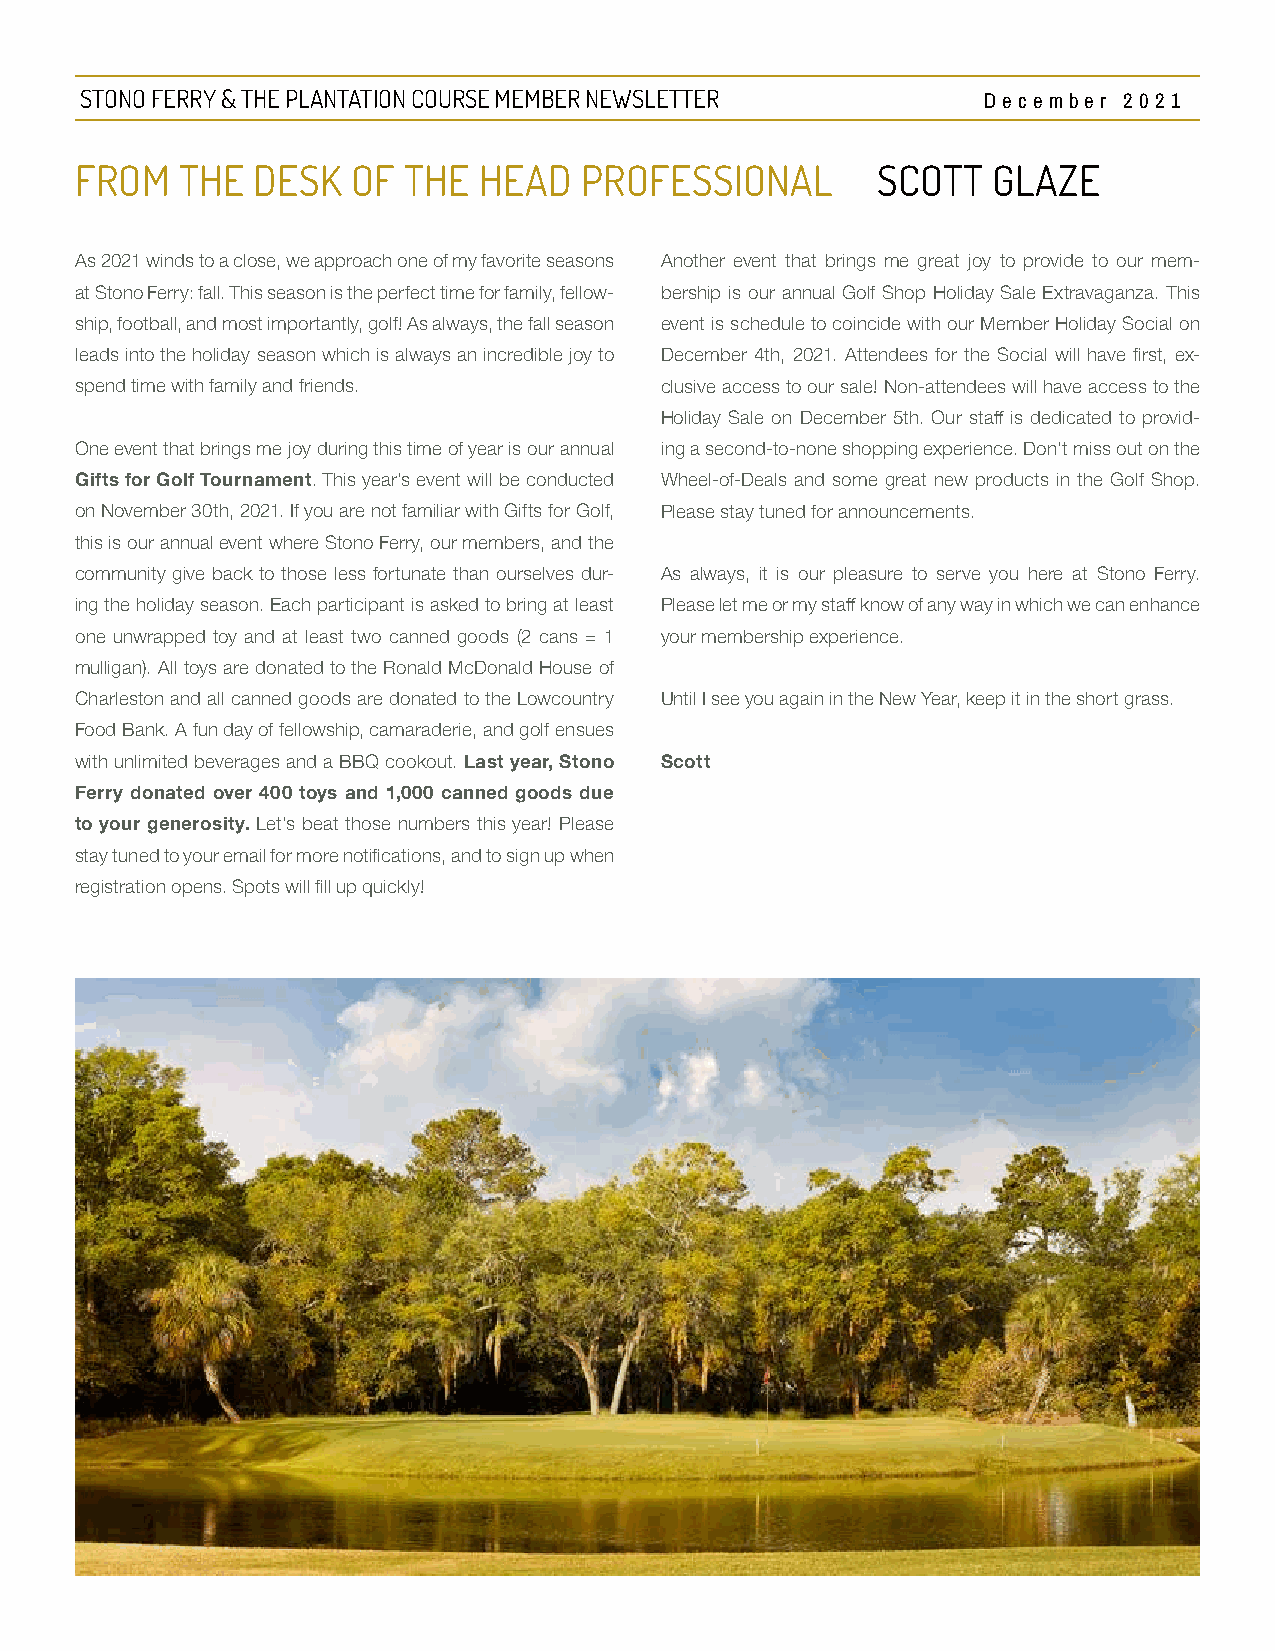
STONO FERRY & THE PLANTATION COURSE MEMBER NEWSLETTER       Decembe r 20 21
 FROM   THE  DESK  OF  THE  HEAD  PROFESSIONAL        SCOTT   GLAZE
 As 2021 winds to a close, we approach one of my favorite seasons Another event that brings me great joy to provide to our mem-
 at Stono Ferry: fall. This season is the perfect time for family, fellow- bership is our annual Golf Shop Holiday Sale Extravaganza. This
 ship, football, and most importantly, golf! As always, the fall season event is schedule to coincide with our Member Holiday Social on
 leads into the holiday season which is always an incredible joy to December 4th, 2021. Attendees for the Social will have first, ex-
 spend time with family and friends.    clusive access to our sale! Non-attendees will have access to the
 Holiday Sale on December 5th. Our staff is dedicated to provid-
 One event that brings me joy during this time of year is our annual ing a second-to-none shopping experience. Don’t miss out on the
 Gifts for Golf Tournament. This year’s event will be conducted Wheel-of-Deals and some great new products in the Golf Shop.
 on November 30th, 2021. If you are not familiar with Gifts for Golf, Please stay tuned for announcements.
 this is our annual event where Stono Ferry, our members, and the
 community give back to those less fortunate than ourselves dur- As always, it is our pleasure to serve you here at Stono Ferry.
 ing the holiday season. Each participant is asked to bring at least Please let me or my staff know of any way in which we can enhance
 one unwrapped toy and at least two canned goods (2 cans = 1 your membership experience.
 mulligan). All toys are donated to the Ronald McDonald House of
 Charleston and all canned goods are donated to the Lowcountry Until I see you again in the New Year, keep it in the short grass.
 Food Bank. A fun day of fellowship, camaraderie, and golf ensues
 with unlimited beverages and a BBQ cookout. Last year, Stono Scott
 Ferry donated over 400 toys and 1,000 canned goods due
 to your generosity. Let’s beat those numbers this year! Please
 stay tuned to your email for more notifications, and to sign up when
 registration opens. Spots will fill up quickly!